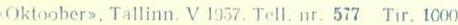
Oktoober>>, Tallinn. V 1957. Tell. nr. 577 Tir. 1000